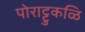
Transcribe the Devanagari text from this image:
पोराट्टुकळि